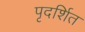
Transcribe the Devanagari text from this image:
पृदर्शित